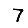
Digit: 7